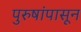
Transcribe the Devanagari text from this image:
पुरुषांपासून